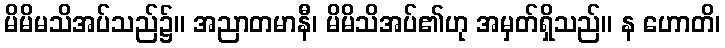
မိမိမသိအပ်သည်၌။ အညာတမာနီ၊ မိမိသိအပ်၏ဟု အမှတ်ရှိသည်။ န ဟောတိ၊